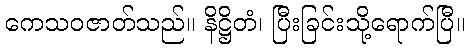
ကေသဝဇာတ်သည်။ နိဋ္ဌိတံ၊ ပြီးခြင်းသို့ရောက်ပြီ။